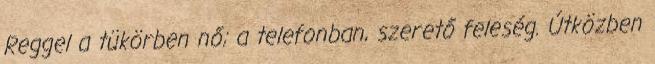
Reggel a tükörben nő; a telefonban, szerető feleség. Útközben